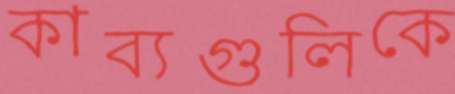
কাব্যগুলিকে